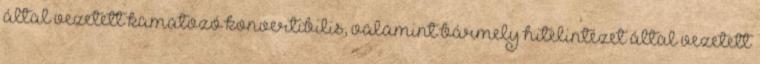
által vezetett kamatozó konvertibilis, valamint bármely hitelintézet által vezetett